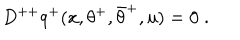
LaTeX: D ^ { + + } q ^ { + } ( x , \theta ^ { + } , \bar { \theta } ^ { + } , u ) = 0 \; .